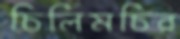
চিলিমচির